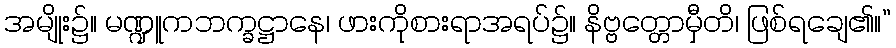
အမျိုး၌။ မဏ္ဍူကဘက္ခဋ္ဌာနေ၊ ဖားကိုစားရာအရပ်၌။ နိဗ္ဗတ္တောမှီတိ၊ ဖြစ်ရချေ၏။”